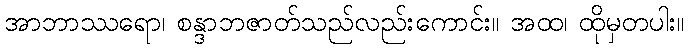
အာဘာဿရော၊ စန္ဒာဘဇာတ်သည်လည်းကောင်း။ အထ၊ ထိုမှတပါး။